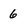
Character: 6